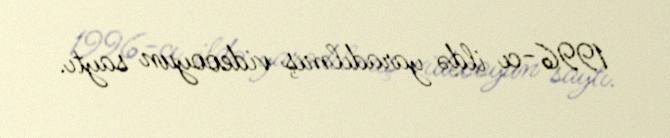
1996-cı ildə yaradılmış videooyun saytı.